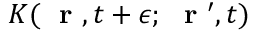
K ( \mathrm { ~ \bf ~ r ~ } , t + \epsilon ; \mathrm { ~ \bf ~ r ~ } ^ { \prime } , t )